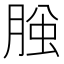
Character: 𦜱